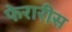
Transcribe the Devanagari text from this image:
फेरारीस